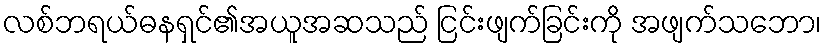
လစ်ဘရယ်ဓနရှင်၏အယူအဆသည် ငြင်းဖျက်ခြင်းကို အဖျက်သဘော၊